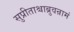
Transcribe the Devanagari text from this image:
सुप्रीताश्चाब्रुवन्रामं